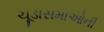
ચૂડાસમાઓની